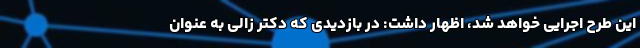
این طرح اجرایی خواهد شد، اظهار داشت: در بازدیدی که دکتر زالی به عنوان